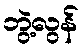
ဘွဲ့လွန်